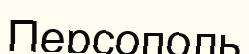
Персополь